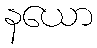
နယော